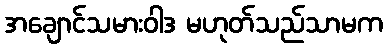
အချောင်သမားဝါဒ မဟုတ်သည်သာမက